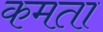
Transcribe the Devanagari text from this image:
कमता